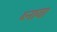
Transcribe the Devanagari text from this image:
ब्नाया